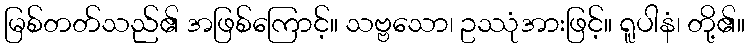
မြစ်တတ်သည်၏ အဖြစ်ကြောင့်။ သဗ္ဗသော၊ ဥဿုံအားဖြင့်။ ရူပါနံ၊ တို့၏။